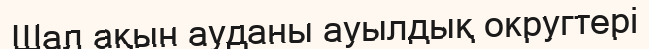
Шал ақын ауданы ауылдық округтері